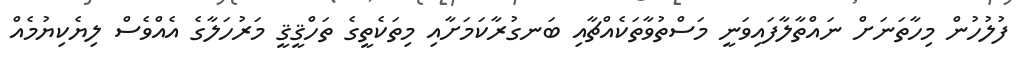
ފުލުހުން މިހާތަނަށް ނައްތާލާފައިވަނީ މަސްތުވާތަކެއްޗާއި ބަނގުރާކަމަށާއި މިތަކެތީގެ ތަހްޤީޤީ މަރުހަލާގެ އެއްވެސް ލިޔެކިޔުމެއް